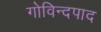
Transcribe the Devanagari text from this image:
गोविन्दपाद